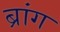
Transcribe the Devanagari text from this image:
ब्रांग